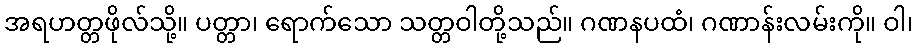
အရဟတ္တဖိုလ်သို့။ ပတ္တာ၊ ရောက်သော သတ္တဝါတို့သည်။ ဂဏနပထံ၊ ဂဏာန်းလမ်းကို။ ဝါ၊